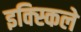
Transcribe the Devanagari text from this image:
इक्स्किले